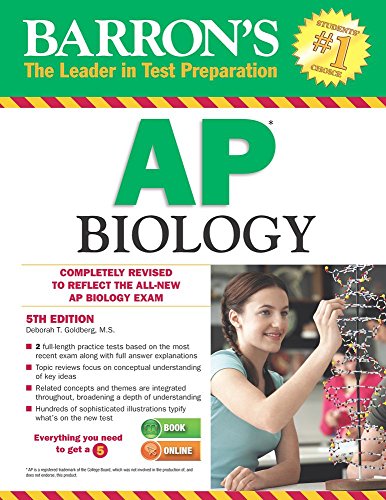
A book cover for Barron's AP Biology, 5th Edition; Deborah T. Goldberg M.S.; Test Preparation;